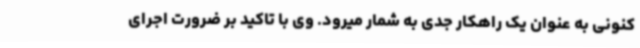
کنونی به عنوان یک راهکار جدی به شمار میرود. وی با تاکید بر ضرورت اجرای